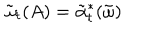
LaTeX: \tilde { \omega } _ { t } ( A ) = \tilde { \alpha } _ { t } ^ { * } ( \tilde { \omega } )